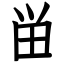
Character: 畄